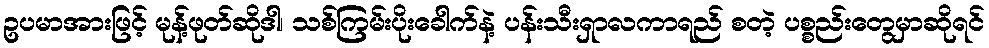
ဥပမာအားဖြင့် မုန့်ဖုတ်ဆိုဒါ၊ သစ်ကြမ်းပိုးခေါက်နဲ့ ပန်းသီးရှာလကာရည် စတဲ့ ပစ္စည်းတွေမှာဆိုရင်